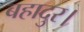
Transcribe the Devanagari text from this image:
बहादुर।